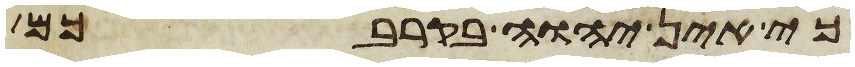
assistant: כי אין יהוה בקרבכם